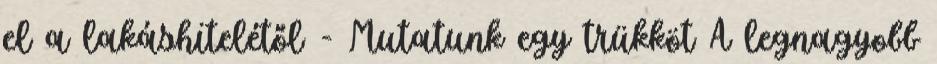
el a lakáshitelétől - Mutatunk egy trükköt A legnagyobb